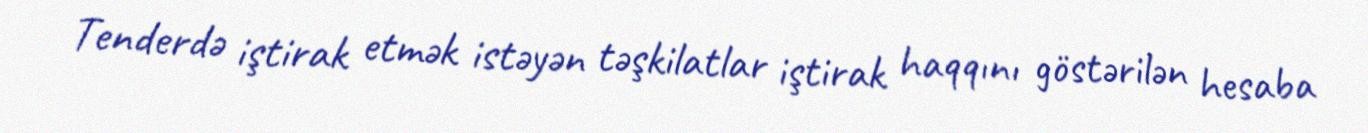
Tenderdə iştirak etmək istəyən təşkilatlar iştirak haqqını göstərilən hesaba